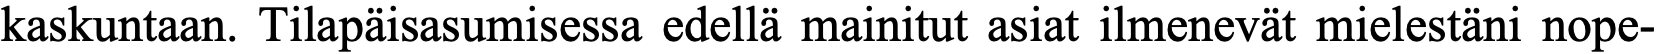
kaskuntaan. Tilapäisasumisessa edellä mainitut asiat ilmenevät mielestäni nope-